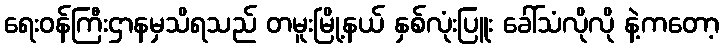
ရေးဝန်ကြီးဌာနမှသိရသည် တမူးမြို့နယ် နှစ်လုံးပြူး ခေါ်သံလိုလို နဲ့ကတော့